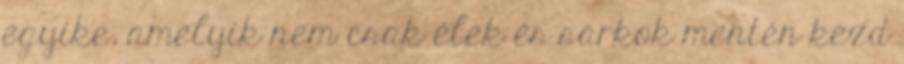
egyike, amelyik nem csak élek és sarkok mentén kezd